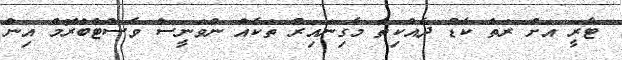
ޓެރީ އަށް ރަތް ކާޑު ދެއްކިތާ މާގިނައިރު ތަކެއް ނުވަނީސް ވެސްޓްބްރޮމް އިން